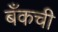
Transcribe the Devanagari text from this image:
बँकची